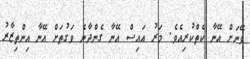
ވޭނަށް އޭނާ ކެތްކުރިއެވެ. މަރު އައިސް އޭނާ ގެންދާނެ ވަގުތަށް އޭނާ އިންތިޒާރު